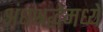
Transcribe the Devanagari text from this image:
अंधश्रद्धेमध्ये